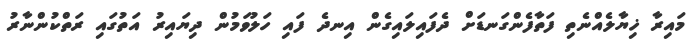
މައިރާ ޚިޔާލެއްނެތި ފަތާފެންގަނޑަށް ދެފައިލައިގެން އިނދެ ފައި ހަލުވަމުން ދިޔައިރު އަތުގައި ރަތްކުންނާރު